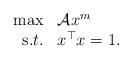
LaTeX: \begin{align*}\begin{array}{rl}\max&\mathcal{A} x^m\\{\mbox s.t.}& x^\top x=1. \end{array}\end{align*}